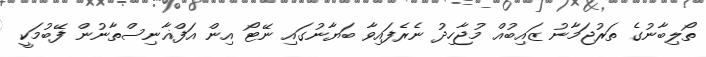
ތޯލިބާނުގެ ތަރުޖަމާނު ޒައިބުއް މުޖާހިދު ނެރެފައިވާ ބަޔާނުގައި ނޭޓޯ އިން އަފްޣާނިސްތާނުން ފޭބުމަކީ